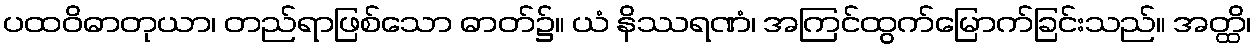
ပထဝိဓာတုယာ၊ တည်ရာဖြစ်သော ဓာတ်၌။ ယံ နိဿရဏံ၊ အကြင်ထွက်မြောက်ခြင်းသည်။ အတ္ထိ၊